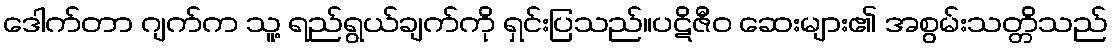
ဒေါက်တာ ဂျက်က သူ့ ရည်ရွယ်ချက်ကို ရှင်းပြသည်။ပဋိဇီဝ ဆေးများ၏ အစွမ်းသတ္တိသည်